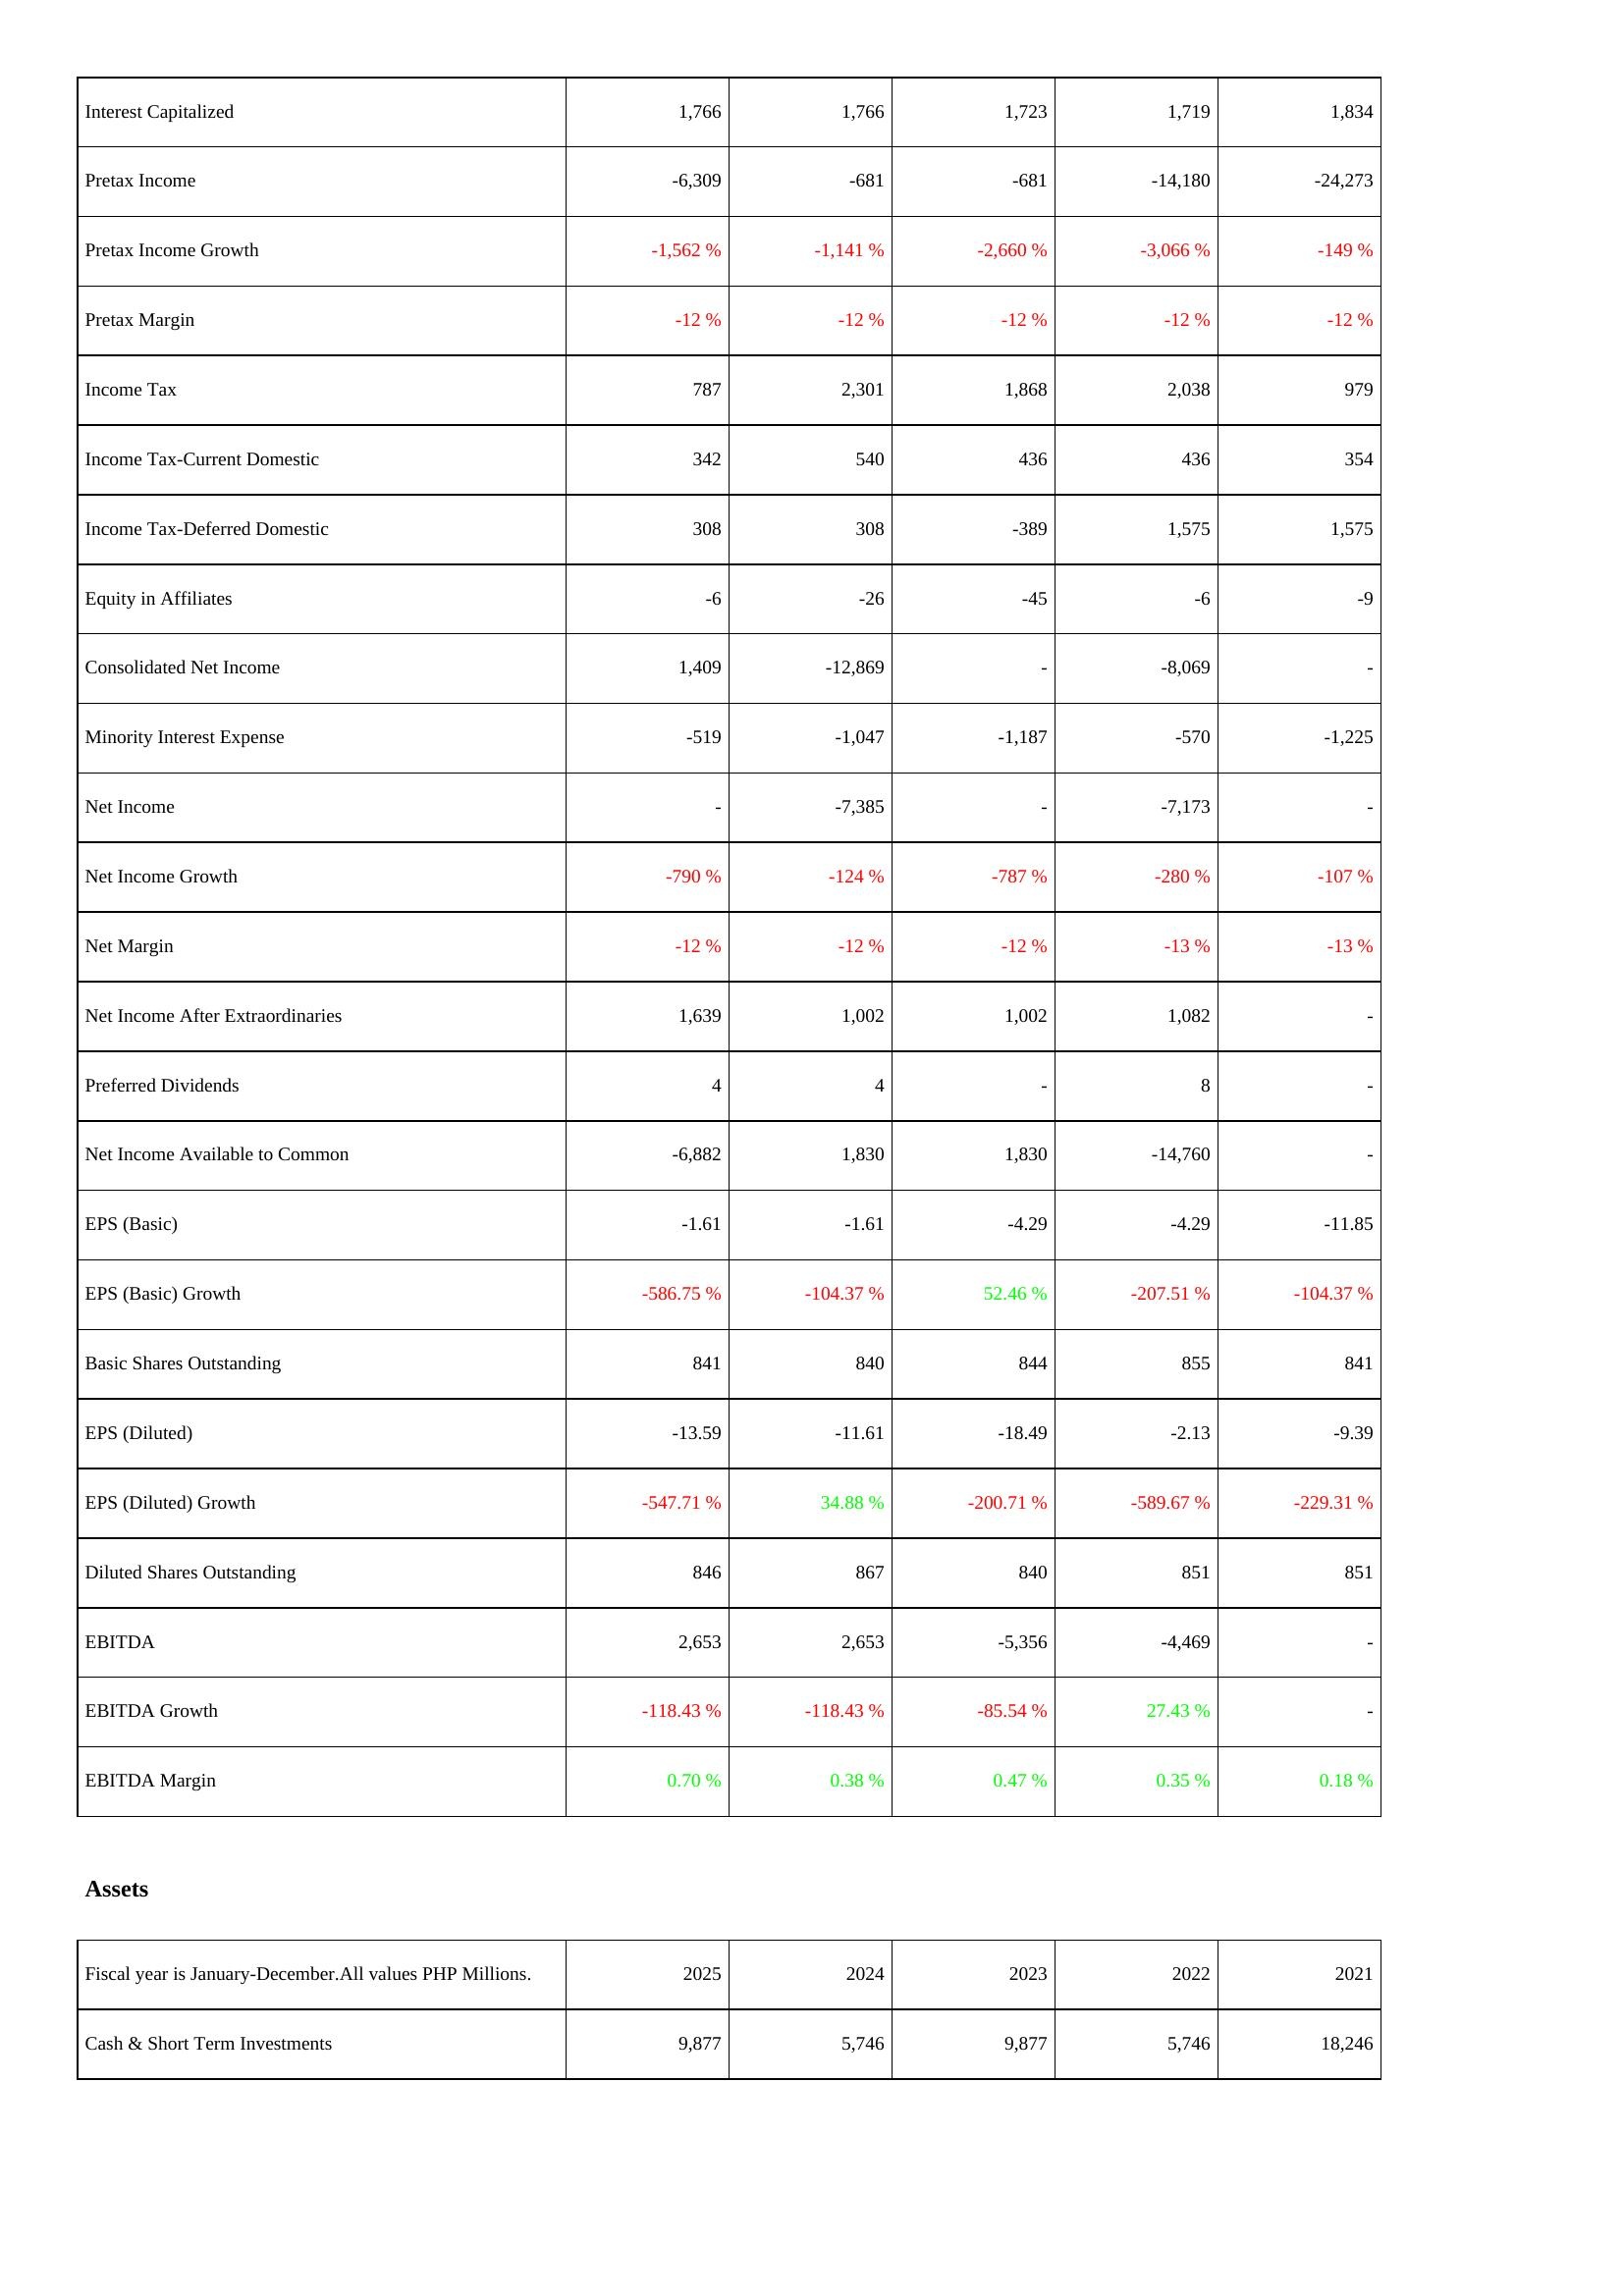
2025: Income Statement: Interest Capitalized: 1,766
Pretax Income: -6,309
Pretax Income Growth: -1,562 %
Pretax Margin: -12 %
Income Tax: 787
Income Tax-Current Domestic: 342
Income Tax-Deferred Domestic: 308
Equity in Affiliates: -6
Consolidated Net Income: 1,409
Minority Interest Expense: -519
Net Income: -
Net Income Growth: -790 %
Net Margin: -12 %
Net Income After Extraordinaries: 1,639
Preferred Dividends: 4
Net Income Available to Common: -6,882
EPS (Basic): -1.61
EPS (Basic) Growth: -586.75 %
Basic Shares Outstanding: 841
EPS (Diluted): -13.59
EPS (Diluted) Growth: -547.71 %
Diluted Shares Outstanding: 846
EBITDA: 2,653
EBITDA Growth: -118.43 %
EBITDA Margin: 0.70 %
Assets: Cash & Short Term Investments: 9,877
2024: Income Statement: Interest Capitalized: 1,766
Pretax Income: -681
Pretax Income Growth: -1,141 %
Pretax Margin: -12 %
Income Tax: 2,301
Income Tax-Current Domestic: 540
Income Tax-Deferred Domestic: 308
Equity in Affiliates: -26
Consolidated Net Income: -12,869
Minority Interest Expense: -1,047
Net Income: -7,385
Net Income Growth: -124 %
Net Margin: -12 %
Net Income After Extraordinaries: 1,002
Preferred Dividends: 4
Net Income Available to Common: 1,830
EPS (Basic): -1.61
EPS (Basic) Growth: -104.37 %
Basic Shares Outstanding: 840
EPS (Diluted): -11.61
EPS (Diluted) Growth: 34.88 %
Diluted Shares Outstanding: 867
EBITDA: 2,653
EBITDA Growth: -118.43 %
EBITDA Margin: 0.38 %
Assets: Cash & Short Term Investments: 5,746
2023: Income Statement: Interest Capitalized: 1,723
Pretax Income: -681
Pretax Income Growth: -2,660 %
Pretax Margin: -12 %
Income Tax: 1,868
Income Tax-Current Domestic: 436
Income Tax-Deferred Domestic: -389
Equity in Affiliates: -45
Consolidated Net Income: -
Minority Interest Expense: -1,187
Net Income: -
Net Income Growth: -787 %
Net Margin: -12 %
Net Income After Extraordinaries: 1,002
Preferred Dividends: -
Net Income Available to Common: 1,830
EPS (Basic): -4.29
EPS (Basic) Growth: 52.46 %
Basic Shares Outstanding: 844
EPS (Diluted): -18.49
EPS (Diluted) Growth: -200.71 %
Diluted Shares Outstanding: 840
EBITDA: -5,356
EBITDA Growth: -85.54 %
EBITDA Margin: 0.47 %
Assets: Cash & Short Term Investments: 9,877
2022: Income Statement: Interest Capitalized: 1,719
Pretax Income: -14,180
Pretax Income Growth: -3,066 %
Pretax Margin: -12 %
Income Tax: 2,038
Income Tax-Current Domestic: 436
Income Tax-Deferred Domestic: 1,575
Equity in Affiliates: -6
Consolidated Net Income: -8,069
Minority Interest Expense: -570
Net Income: -7,173
Net Income Growth: -280 %
Net Margin: -13 %
Net Income After Extraordinaries: 1,082
Preferred Dividends: 8
Net Income Available to Common: -14,760
EPS (Basic): -4.29
EPS (Basic) Growth: -207.51 %
Basic Shares Outstanding: 855
EPS (Diluted): -2.13
EPS (Diluted) Growth: -589.67 %
Diluted Shares Outstanding: 851
EBITDA: -4,469
EBITDA Growth: 27.43 %
EBITDA Margin: 0.35 %
Assets: Cash & Short Term Investments: 5,746
2021: Income Statement: Interest Capitalized: 1,834
Pretax Income: -24,273
Pretax Income Growth: -149 %
Pretax Margin: -12 %
Income Tax: 979
Income Tax-Current Domestic: 354
Income Tax-Deferred Domestic: 1,575
Equity in Affiliates: -9
Consolidated Net Income: -
Minority Interest Expense: -1,225
Net Income: -
Net Income Growth: -107 %
Net Margin: -13 %
Net Income After Extraordinaries: -
Preferred Dividends: -
Net Income Available to Common: -
EPS (Basic): -11.85
EPS (Basic) Growth: -104.37 %
Basic Shares Outstanding: 841
EPS (Diluted): -9.39
EPS (Diluted) Growth: -229.31 %
Diluted Shares Outstanding: 851
EBITDA: -
EBITDA Growth: -
EBITDA Margin: 0.18 %
Assets: Cash & Short Term Investments: 18,246